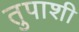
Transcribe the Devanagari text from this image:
तुपाशी